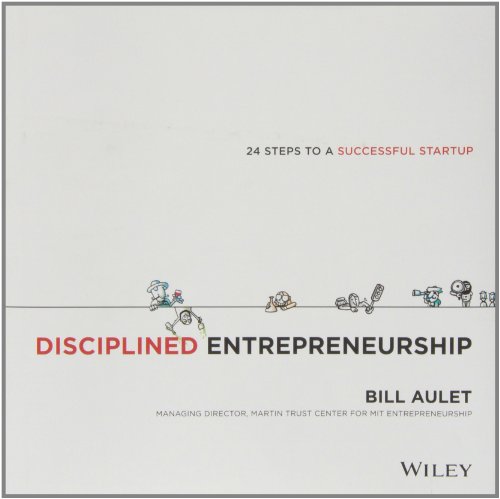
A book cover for Disciplined Entrepreneurship: 24 Steps to a Successful Startup; Bill Aulet; Business & Money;